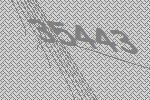
35443